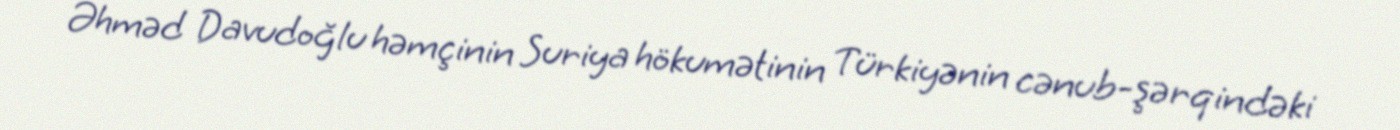
Əhməd Davudoğlu həmçinin Suriya hökumətinin Türkiyənin cənub-şərqindəki